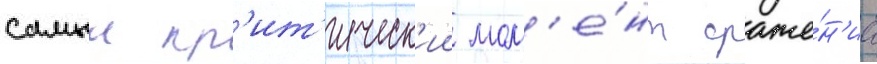
самыи кр'ит'ическ'ии мом'е́нт сраже́н'иа